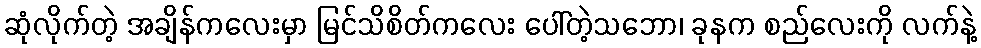
ဆုံလိုက်တဲ့ အချိန်ကလေးမှာ မြင်သိစိတ်ကလေး ပေါ်တဲ့သဘော၊ ခုနက စည်လေးကို လက်နဲ့